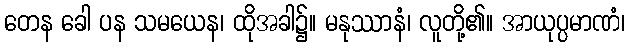
တေန ခေါ ပန သမယေန၊ ထိုအခါ၌။ မနုဿာနံ၊ လူတို့၏။ အာယုပ္ပမာဏံ၊